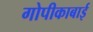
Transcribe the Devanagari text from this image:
गोपीकाबाई